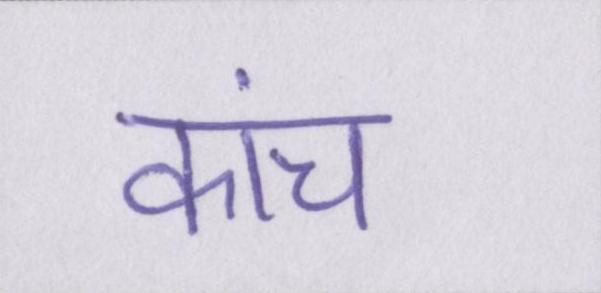
कांच